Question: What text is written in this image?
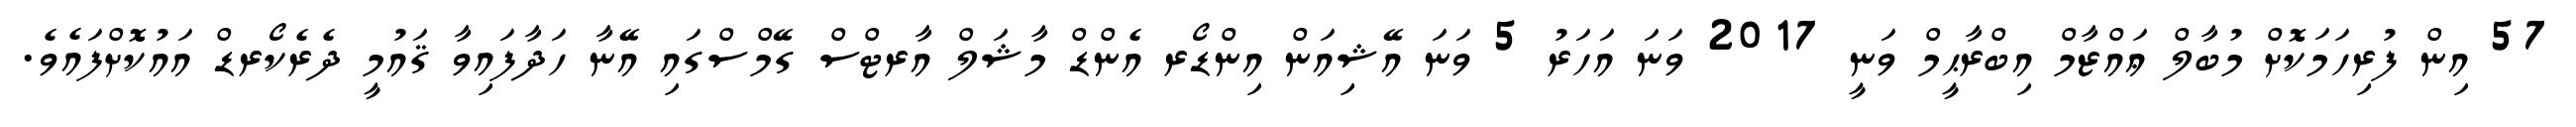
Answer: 57 އިން ފުރިހަމަކޮށް މުބާލް ޢައްޒާމް އިބްރާޙީމް ވަނީ 2017 ވަނަ އަހަރު 5 ވަނަ އޭޝިއަން އިންޑޯރ އެންޑް މާޝަލް އާރޓްސް ގޭމްސްގައި އޭނާ ހަދާފައިވާ ޤައުމީ ދެރެކޯރޑް އައުކޮށްފައެވެ.